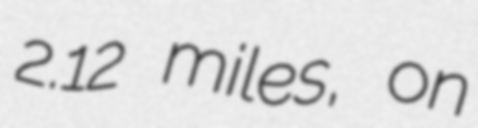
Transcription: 2.12 miles, on